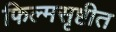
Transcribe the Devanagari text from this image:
फिल्मसृष्टीत